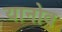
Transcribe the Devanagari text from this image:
यानोव